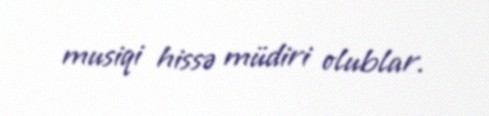
musiqi hissə müdiri olublar.